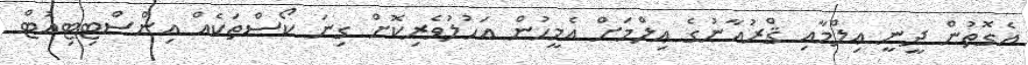
އެގޮތުން ދީނީ ޢިލްމާއި ޤްރުއާނުގެ ޢިލްމަށް އެމީހުން އަހުލުވެރިކޮށް ގިނަ ކޯސްތަކެއް އިންސްޓިޓިއުޓް